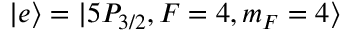
| e \rangle = | 5 P _ { 3 / 2 } , F = 4 , m _ { F } = 4 \rangle